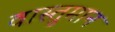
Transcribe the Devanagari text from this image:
वास्तुमान